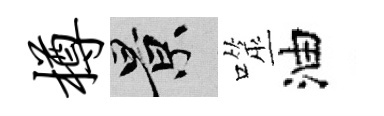
樽景噬油